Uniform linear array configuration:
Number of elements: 4
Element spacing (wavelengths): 0.25
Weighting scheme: binomial
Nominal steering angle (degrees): -15
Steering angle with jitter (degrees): -15.224
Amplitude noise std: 0.05
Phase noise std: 0.05

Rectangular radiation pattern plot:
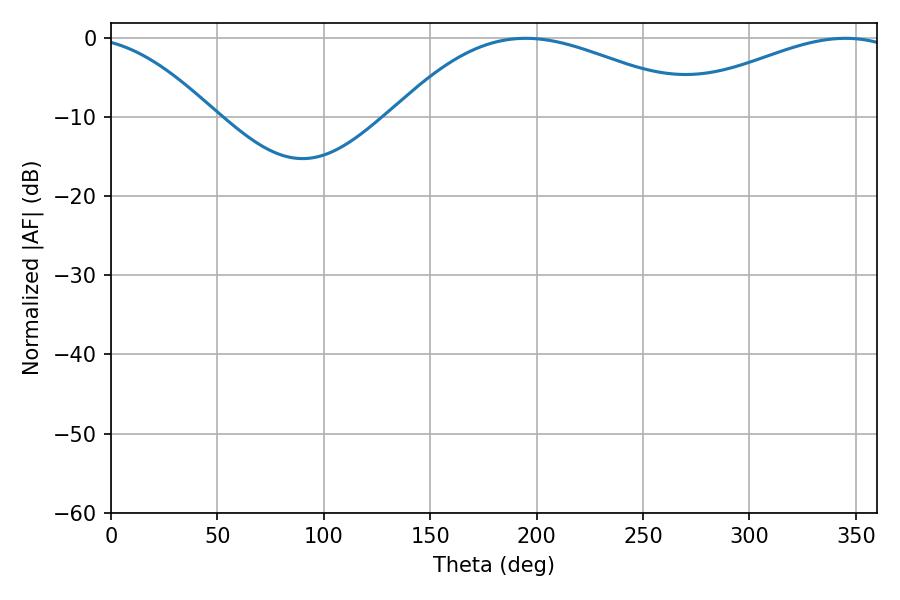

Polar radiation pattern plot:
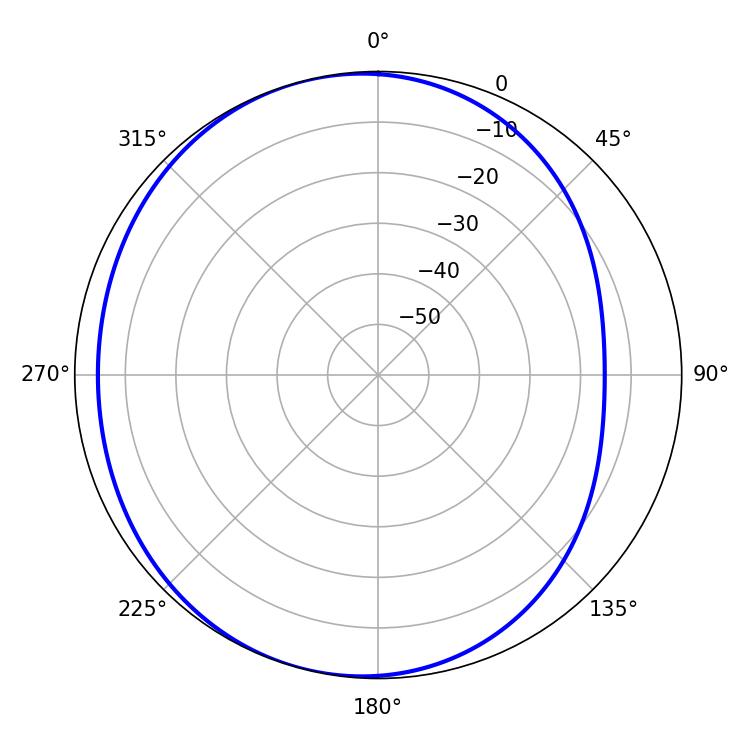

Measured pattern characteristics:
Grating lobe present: FALSE
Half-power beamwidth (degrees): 80.1
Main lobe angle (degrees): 194.94